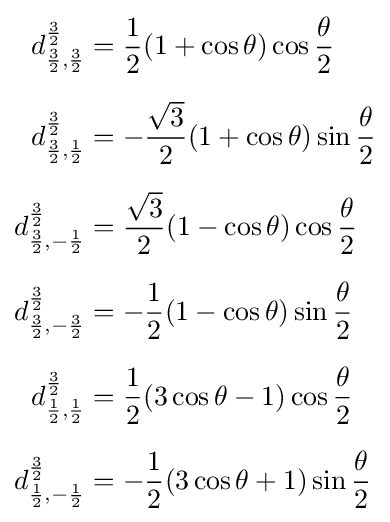
{\begin{aligned}d_{{\frac {3}{2}},{\frac {3}{2}}}^{\frac {3}{2}}&={\frac {1}{2}}(1+\cos \theta )\cos {\frac {\theta }{2}}\\[6pt]d_{{\frac {3}{2}},{\frac {1}{2}}}^{\frac {3}{2}}&=-{\frac {\sqrt {3}}{2}}(1+\cos \theta )\sin {\frac {\theta }{2}}\\[6pt]d_{{\frac {3}{2}},-{\frac {1}{2}}}^{\frac {3}{2}}&={\frac {\sqrt {3}}{2}}(1-\cos \theta )\cos {\frac {\theta }{2}}\\[6pt]d_{{\frac {3}{2}},-{\frac {3}{2}}}^{\frac {3}{2}}&=-{\frac {1}{2}}(1-\cos \theta )\sin {\frac {\theta }{2}}\\[6pt]d_{{\frac {1}{2}},{\frac {1}{2}}}^{\frac {3}{2}}&={\frac {1}{2}}(3\cos \theta -1)\cos {\frac {\theta }{2}}\\[6pt]d_{{\frac {1}{2}},-{\frac {1}{2}}}^{\frac {3}{2}}&=-{\frac {1}{2}}(3\cos \theta +1)\sin {\frac {\theta }{2}}\end{aligned}}